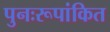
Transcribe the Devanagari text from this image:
पुनःरूपांकित